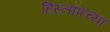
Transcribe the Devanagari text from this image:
हिस्लॉपच्या